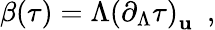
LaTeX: \beta(\tau)=\Lambda\left(\partial_{\Lambda}\tau\right)_{\mathbf{u}}\ \ ,